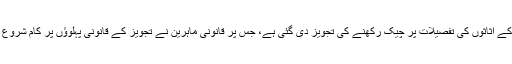
ذرائع لیگل ٹیم کے مطابق وفاقی حکومت کی جانب سے تمام سرکاری ملازمین کا ڈیٹا سینٹرلائز کرکے اثاثوں کی تفصیلات پر چیک رکھنے کی تجویز دی گئی ہے، جس پر قانونی ماہرین نے تجویز کے قانونی پہلوؤں پر کام شروع کر دیا، سوفٹویئر کے ذریعے ملازمین کے تمام دستیاب ڈیٹا پر نظر رکھنے کی تجویز دی گئی ہے۔